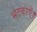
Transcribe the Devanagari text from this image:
भटकाएँ।